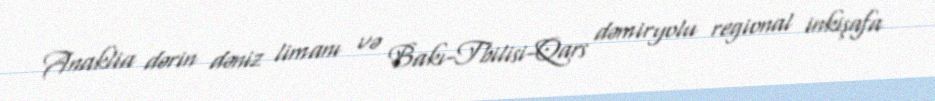
Anaklia dərin dəniz limanı və Bakı-Tbilisi-Qars dəmiryolu regional inkişafa